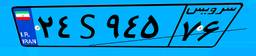
۲۴S۹۴۵۷۶